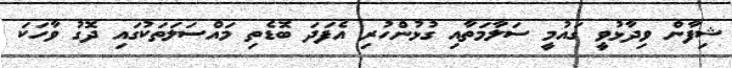
ޝިފާން ވިދާޅުވީ ގައުމީ ސަލާމަތާއި ގުޅުންހުރި އެފަދަ ބޮޑެތި މައްސަލަތަކުގައި ދޮގު ވާހަކަ